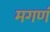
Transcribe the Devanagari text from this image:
मगणं